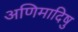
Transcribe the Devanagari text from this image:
अणिमादिषु